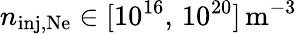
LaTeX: n_{\mathrm{inj,Ne}}\in[10^{16},\, 10^{20}]\, \mathrm{m^{-3}}